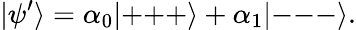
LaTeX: |\psi^{\prime}\rangle=\alpha_{0}|{+}{+}{+}\rangle+\alpha_{1}|{-}{-}{-}\rangle.